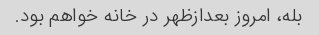
بله، امروز بعدازظهر در خانه خواهم بود.